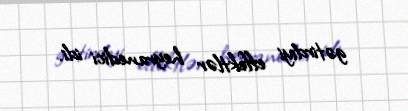
gətirdiyi effektlər heyranedici idi.